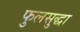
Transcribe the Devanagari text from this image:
फुलसुद्धा